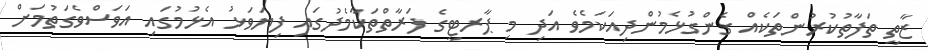
ޒާތީ ތަފާތުކުރުންތަކެއް ގެންގުޅެމުންދިއަކަމެވެ އަދި މި ޕާރޓީގެ ފަރާތްތަކާމެދުގައި ފިޔަވަޅު އެޅުމުގައި އަވަސްވެގަތުމަށް